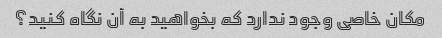
مکان خاصی وجود ندارد که بخواهید به آن نگاه کنید؟